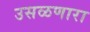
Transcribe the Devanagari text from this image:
उसळणारा